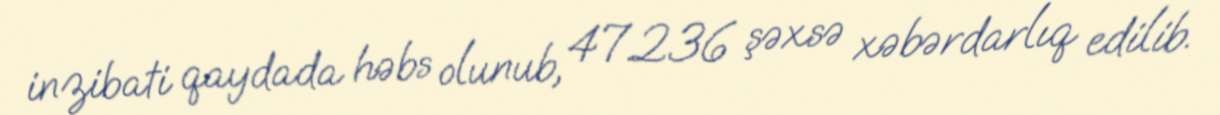
inzibati qaydada həbs olunub, 47.236 şəxsə xəbərdarlıq edilib.